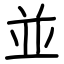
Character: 並